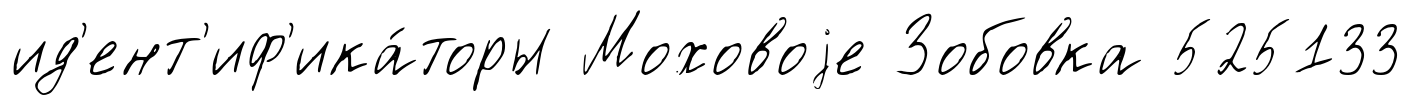
ид'ент'иф'ика́торы Моховоjе Зобовка 525133